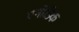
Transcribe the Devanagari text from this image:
एनोडिक